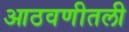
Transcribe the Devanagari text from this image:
आठवणीतली